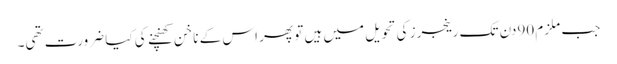
جب ملزم 90دن تک رینجرز کی تحویل میں ہیں تو پھر اس کے ناخن کھنچنے کی کیا ضرورت تھی۔